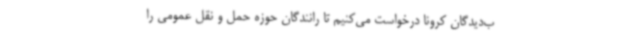
ب‌دیدگان کرونا درخواست می‌کنیم تا رانندگان حوزه حمل و نقل عمومی را